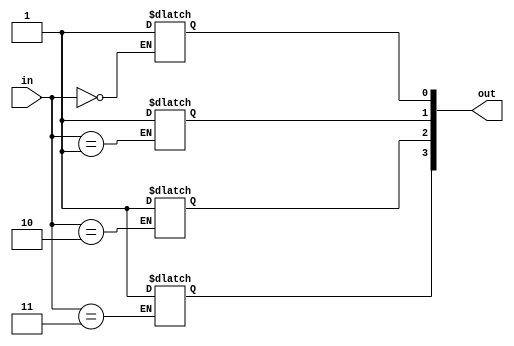
`timescale 1ns / 1ps
//////////////////////////////////////////////////////////////////////////////////
// Company: 
// Engineer: 
// 
// Design Name: 
// Module Name: Decoder2_to_4
// Project Name: 
// Target Devices: 
// Tool Versions: 
// Description: 
// 
// Dependencies: 
// 
// Revision:
// Revision 0.01 - File Created
// Additional Comments:
// 
//////////////////////////////////////////////////////////////////////////////////
module Decoder2_to_4(
 input [1:0]in,
 output reg [3:0]out);

 always@(in)
 begin
 case(in)
 2'b00: out[0] <= 1'b1;
 2'b01: out[1] <= 1'b1;
 2'b10: out[2] <= 1'b1;
 2'b11: out[3] <= 1'b1;
 endcase
 end
endmodule
module MUX4to1_decoder(
 input [1:0]x,
 input [3:0]in,
 output out);
 wire [3:0]dw;
 wire [3:0]w;
Decoder2_to_4 decoder(x, dw);
 and(w[0], dw[0], in[0]);
 and(w[1], dw[1], in[1]);
 and(w[2], dw[2], in[2]);
 and(w[3], dw[3], in[3]);
 assign out = w[3]|w[2]|w[1]|w[0];
endmodule